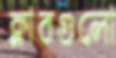
ক্লাবগুলো